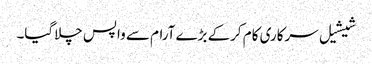
شیشیل سرکاری کام کرکے بڑے آرام سے واپس چلاگیا۔